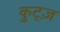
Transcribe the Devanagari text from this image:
कुट्ज़